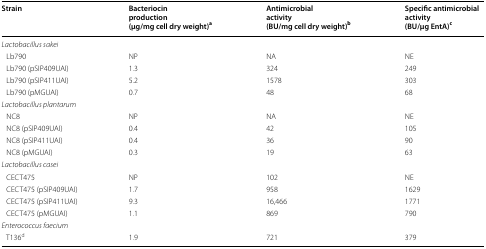
<table><thead><tr><td><b>Strain</b></td><td><b>Bacteriocin production (μg/mg cell dry weight)<sup>a</sup></b></td><td><b>Antimicrobial activity (BU/mg cell dry weight)<sup>b</sup></b></td><td><b>Specific antimicrobial activity (BU/μg EntA)<sup>c</sup></b></td></tr></thead><tbody><tr><td colspan="4"><i>Lactobacillus sakei</i></td></tr><tr><td> Lb790</td><td>NP</td><td>NA</td><td>NE</td></tr><tr><td> Lb790 (pSIP409UAI)</td><td>1.3</td><td>324</td><td>249</td></tr><tr><td> Lb790 (pSIP411UAI)</td><td>5.2</td><td>1578</td><td>303</td></tr><tr><td> Lb790 (pMGUAI)</td><td>0.7</td><td>48</td><td>68</td></tr><tr><td colspan="4"><i>Lactobacillus plantarum</i></td></tr><tr><td> NC8</td><td>NP</td><td>NA</td><td>NE</td></tr><tr><td> NC8 (pSIP409UAI)</td><td>0.4</td><td>42</td><td>105</td></tr><tr><td> NC8 (pSIP411UAI)</td><td>0.4</td><td>36</td><td>90</td></tr><tr><td> NC8 (pMGUAI)</td><td>0.3</td><td>19</td><td>63</td></tr><tr><td colspan="4"><i>Lactobacillus casei</i></td></tr><tr><td> CECT475</td><td>NP</td><td>102</td><td>NE</td></tr><tr><td> CECT475 (pSIP409UAI)</td><td>1.7</td><td>958</td><td>1629</td></tr><tr><td> CECT475 (pSIP411UAI)</td><td>9.3</td><td>16,466</td><td>1771</td></tr><tr><td> CECT475 (pMGUAI)</td><td>1.1</td><td>869</td><td>790</td></tr><tr><td colspan="4"><i>Enterococcus faecium</i></td></tr><tr><td> T136<sup>d</sup></td><td>1.9</td><td>721</td><td>379</td></tr></tbody></table>